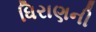
ધિરાણની